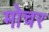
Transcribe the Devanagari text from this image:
मोचर